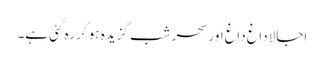
اجالا داغ داغ اور سحر شب گزیدہ ہو کر رہ گئی ہے۔